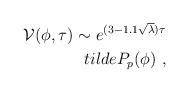
LaTeX: \begin{align*}{\cal V}(\phi,\tau) \sim e^{(3-1.1\sqrt\lambda)\tau}\\tilde P_p(\phi)\ ,\end{align*}